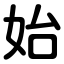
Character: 始